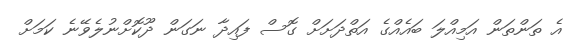
އެ ތަންތަން އަމިއްލަ ބައެއްގެ އަތްދަށަށް ގޮސް ފައިދާ ނަގަން ދޫކޮށްނުލެވޭނެ ކަމަށް